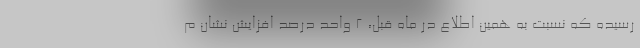
رسیده که نسبت به همین اطلاع در ماه قبل، ٢ واحد درصد افزایش نشان م